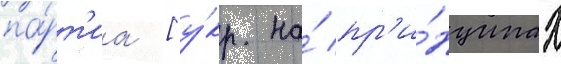
па́рт'иа [у́кр. на́ пр'и́нципах